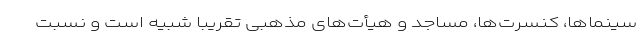
سینماها، کنسرت‌ها، مساجد و هیأت‌های مذهبی تقریباً شبیه است و نسبت